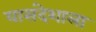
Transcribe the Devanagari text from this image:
यासंदेशाला